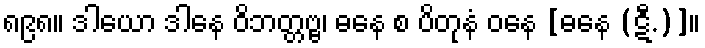
၈၉၈။ ဒါယော ဒါနေ ဝိဘတ္တဗ္ဗ၊ ဓနေ စ ပိတုနံ ဝနေ [ဓနေ (ဋီ.)]။